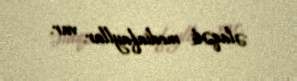
əlaqəli mediafayllar var.